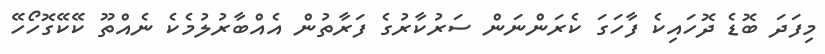
މިފަދަ ބޮޑެ ދޮހައިކެ ފާހަގަ ކެރަންނަން ސަރުކާރުގެ ފަރާތުން އެއްބާރުލުމެކެ ނެއްތޫ ކޭކޭގޮހޯހޭ